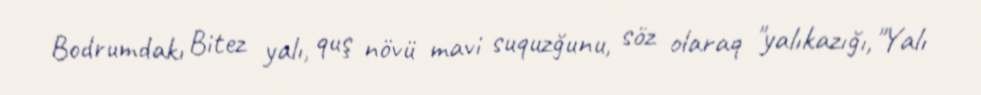
Bodrumdakı Bitez yalı, quş növü mavi suquzğunu, söz olaraq "yalıkazığı,"Yalı